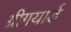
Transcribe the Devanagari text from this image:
ग्रीगयार्ड